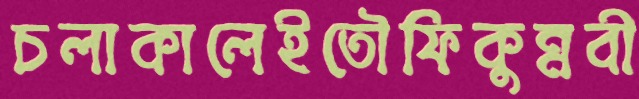
চলাকালেইতৌফিকুন্নবী